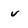
Character: v